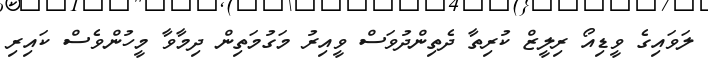
ލަވައިގެ ވީޑިއޯ ރިލީޒް ކުރިތާ ދެތިންދުވަސް ވީއިރު މަގުމަތިން ދިމާވާ މީހުންވެސް ކައިރި